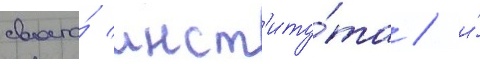
своего́ инст'иту́та / и́